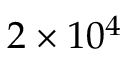
2 \times 1 0 ^ { 4 }